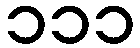
၁၁၁